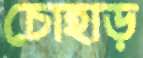
চোহাড়